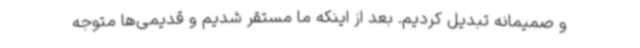
و صمیمانه تبدیل کردیم. بعد از اینکه ما مستقر شدیم و قدیمی‌ها متوجه